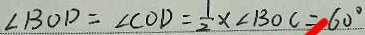
\angle B O D = \angle C O D = \frac { 1 } { 2 } \times \angle B O C = 6 0 ^ { \circ }